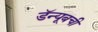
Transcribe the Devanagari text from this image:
डॅन्यूबची